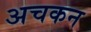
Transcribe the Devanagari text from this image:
अचकन